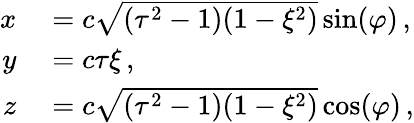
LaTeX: \begin{array}{rl}{x}&{{}=c\sqrt{(\tau^{2}-1)(1-\xi^{2})}\sin(\varphi)\, ,}\\ {y}&{{}=c\tau\xi\, ,}\\ {z}&{{}=c\sqrt{(\tau^{2}-1)(1-\xi^{2})}\cos(\varphi)\, ,}\end{array}